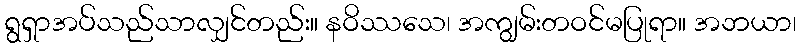
ရွရှာအပ်သည်သာလျှင်တည်း။ နဝိဿသေ၊ အကျွမ်းတဝင်မပြုရာ။ အဘယာ၊